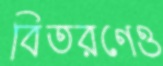
বিতরণেও